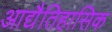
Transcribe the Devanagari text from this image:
आद्यैतिहासिक